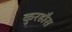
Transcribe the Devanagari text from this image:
कुरहौस